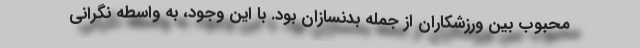
محبوب بین ورزشکاران از جمله بدنسازان بود. با این وجود، به واسطه نگرانی